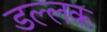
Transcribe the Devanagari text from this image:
डल्लक